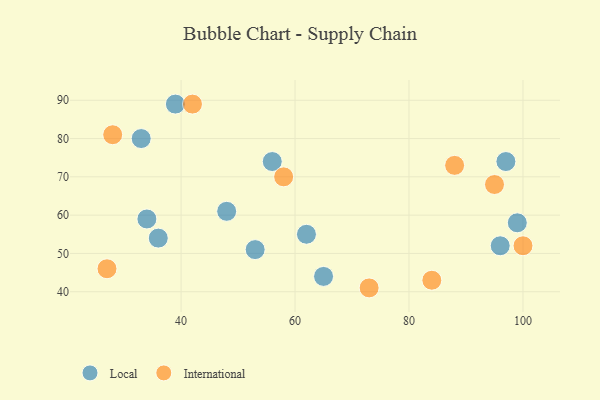
{"axis": {"x": "GDP", "y": "Life Expectancy"}, "legend": ["International", "Local"], "data": [{"x": "33", "y": 80, "type": "Local"}, {"x": "96", "y": 52, "type": "Local"}, {"x": "34", "y": 59, "type": "Local"}, {"x": "39", "y": 89, "type": "Local"}, {"x": "65", "y": 44, "type": "Local"}, {"x": "48", "y": 61, "type": "Local"}, {"x": "53", "y": 51, "type": "Local"}, {"x": "97", "y": 74, "type": "Local"}, {"x": "56", "y": 74, "type": "Local"}, {"x": "36", "y": 54, "type": "Local"}, {"x": "99", "y": 58, "type": "Local"}, {"x": "62", "y": 55, "type": "Local"}, {"x": "27", "y": 46, "type": "International"}, {"x": "88", "y": 73, "type": "International"}, {"x": "42", "y": 89, "type": "International"}, {"x": "84", "y": 43, "type": "International"}, {"x": "95", "y": 68, "type": "International"}, {"x": "58", "y": 70, "type": "International"}, {"x": "28", "y": 81, "type": "International"}, {"x": "100", "y": 52, "type": "International"}, {"x": "73", "y": 41, "type": "International"}]}